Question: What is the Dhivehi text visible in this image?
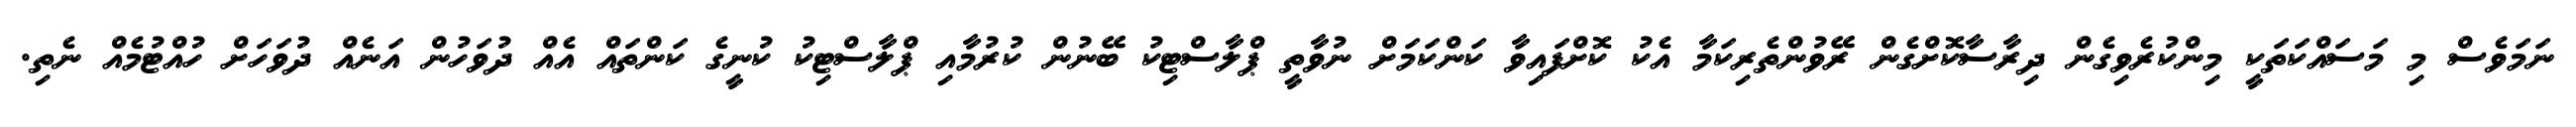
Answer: ނަމަވެސް މި މަސައްކަތަކީ މިންކުރެވިގެން ދިރާސާކޮށްގެން ރޭވުންތެރިކަމާ އެކު ކޮށްފައިވާ ކަންކަމަށް ނުވާތީ ޕްލާސްޓިކު ބޭނުން ކުރުމާއި ޕްލާސްޓިކު ކުނީގެ ކަންތައް އެއް ދުވަހުން އަނެއް ދުވަހަށް ހުއްޓުމެއް ނެތި.